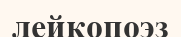
лейкопоэз